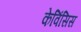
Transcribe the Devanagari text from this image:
केविंसिस